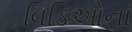
વિડિઓના